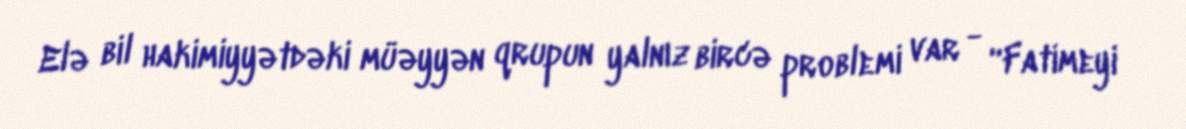
Elə bil hakimiyyətdəki müəyyən qrupun yalnız bircə problemi var - “Fatimeyi